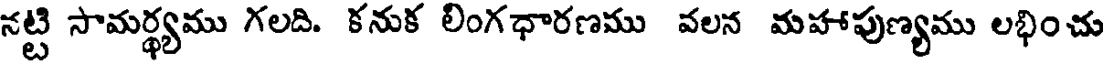
నట్టి సామర్థ్యము గలది. కనుక లింగధారణము వలన మహాపుణ్యము లభించు